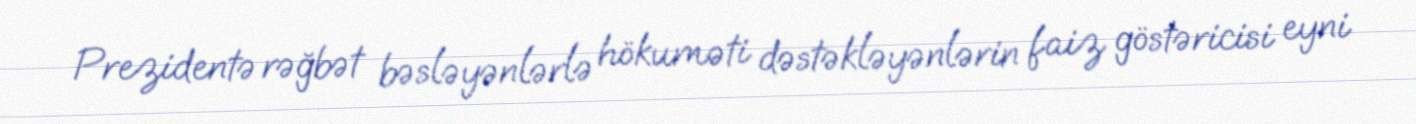
Prezidentə rəğbət bəsləyənlərlə hökuməti dəstəkləyənlərin faiz göstəricisi eyni